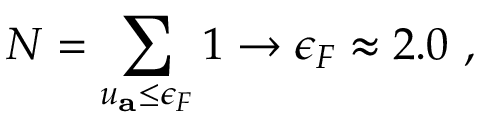
N = \sum _ { u _ { \mathbf { a } } \leq \epsilon _ { F } } 1 \rightarrow \epsilon _ { F } \approx 2 . 0 ~ ,